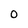
Character: O